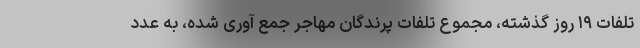
تلفات ۱۹ روز گذشته، مجموع تلفات پرندگان مهاجر جمع آوری شده، به عدد